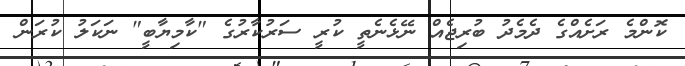
ކޮންމެ ރަށެއްގެ ދެމެދު ބުރިޖެއް ނޭޅެނެތީ ކުރީ ސަރުކާރުގެ "ކާމިޔާބީ" ނަކަލު ކުރަން